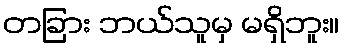
တခြား ဘယ်သူမှ မရှိဘူး။